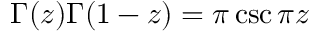
\Gamma ( z ) \Gamma ( 1 - z ) = \pi \csc \pi z